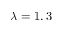
\lambda = 1 , 3